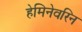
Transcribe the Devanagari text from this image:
हेमिनेवरिन